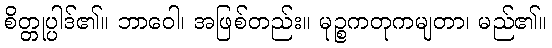
စိတ္တုပ္ပါဒ်၏။ ဘာဝေါ၊ အဖြစ်တည်း။ မုဉ္စကတုကမျတာ၊ မည်၏။